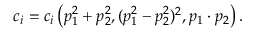
c _ { i } = c _ { i } \left( p _ { 1 } ^ { 2 } + p _ { 2 } ^ { 2 } , ( p _ { 1 } ^ { 2 } - p _ { 2 } ^ { 2 } ) ^ { 2 } , p _ { 1 } \cdot p _ { 2 } \right) .